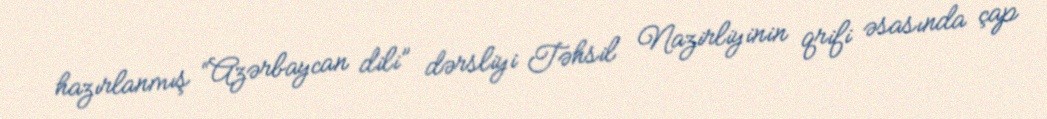
hazırlanmış “Azərbaycan dili” dərsliyi Təhsil Nazirliyinin qrifi əsasında çap